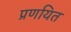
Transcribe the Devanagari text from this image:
प्रणयित